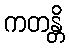
ကတန္တိ